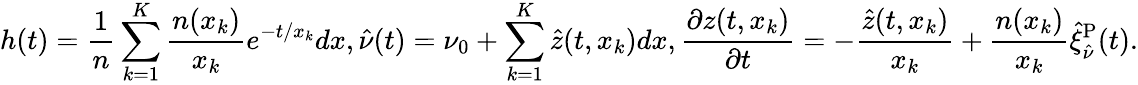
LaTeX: h(t)=\frac{1}{n}\sum_{k=1}^{K}\frac{n(x_{k})}{x_{k}}e^{-t/x_{k}}dx,\hat{\nu}(t)=\nu_{0}+\sum_{k=1}^{K}\hat{z}(t,x_{k})dx,\frac{\partial z(t,x_{k})}{\partial t}=-\frac{\hat{z}(t,x_{k})}{x_{k}}+\frac{n(x_{k})}{x_{k}}\hat{\xi}_{\hat{\nu}}^{\mathrm{P}}(t).